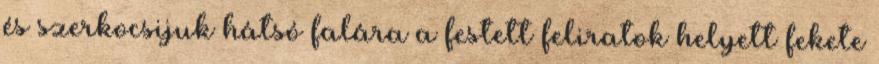
és szerkocsijuk hátsó falára a festett feliratok helyett fekete